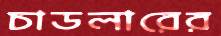
চাডলারের